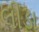
લીડા